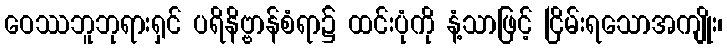
ဝေဿဘူဘုရားရှင် ပရိနိဗ္ဗာန်စံရာ၌ ထင်းပုံကို နံ့သာဖြင့် ငြိမ်းရသောအကျိုး၊